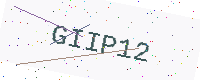
Text: GIIP12